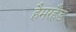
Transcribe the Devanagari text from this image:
हैमरहैड